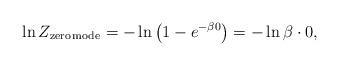
LaTeX: \begin{align*}\ln Z_{\rm zero \, mode}=-\ln\left(1-e^{-\beta 0}\right)=-\ln\beta\cdot 0,\end{align*}